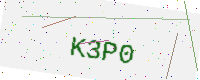
Text: K3P0